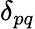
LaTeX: \delta_{pq}